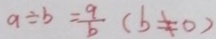
a \div b = \frac { a } { b } ( b \neq 0 )